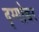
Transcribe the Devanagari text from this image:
दृग्गोच्चर